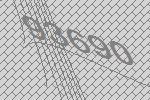
93690